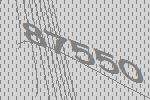
87550